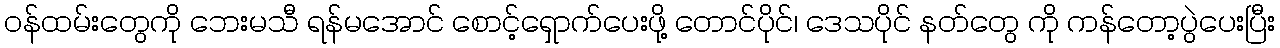
ဝန်ထမ်းတွေကို ဘေးမသီ ရန်မအောင် စောင့်ရှောက်ပေးဖို့ တောင်ပိုင်၊ ဒေသပိုင် နတ်တွေ ကို ကန်တော့ပွဲပေးပြီး